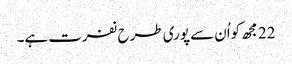
22 مجھ کواُن سے پوری طرح نفرت ہے۔